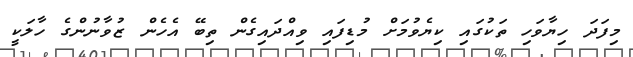
މިފަދަ ހިޔާވަހި ތަކުގައި ކިޔެވުމަށް މުޑިފައި ވިއްދައިގެން ތިބޭ އެހެން ޒުވާނުންގެ ހާލަކީ